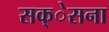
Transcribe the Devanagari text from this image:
सक्ेसना